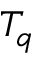
T _ { q }